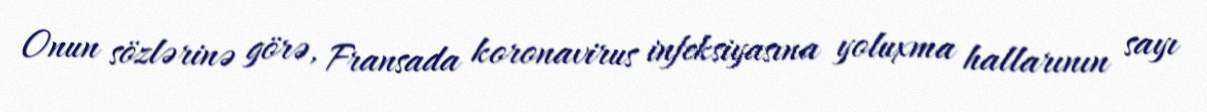
Onun sözlərinə görə, Fransada koronavirus infeksiyasına yoluxma hallarının sayı